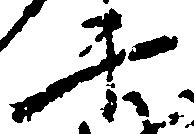
千